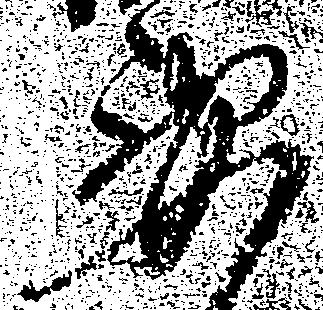
要